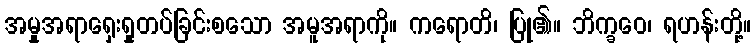
အမှုအရာရှေးရှုတပ်ခြင်းစသော အမူအရာကို။ ကရောတိ၊ ပြု၏။ ဘိက္ခဝေ၊ ရဟန်းတို့။